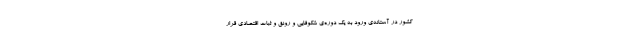
کشور در آستانه‌ی ورود به یک دوره‌ی شکوفایی و رونق و ثبات اقتصادی قرار